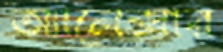
অ্যালেক্সার